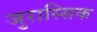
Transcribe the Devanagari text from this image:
जुरास्सिक